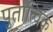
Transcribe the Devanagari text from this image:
पुतात्विक